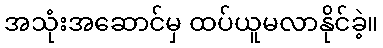
အသုံးအဆောင်မှ ထပ်ယူမလာနိုင်ခဲ့။